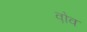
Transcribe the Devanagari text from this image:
व़ोव